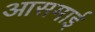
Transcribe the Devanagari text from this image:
आसमाई